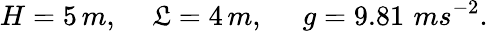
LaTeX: H=5\, m,\quad\, \mathfrak{L}=4\, m,\, \quad\, g=9.81\, \, ms^{-2}.